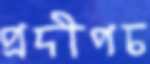
প্রদীপচ